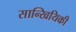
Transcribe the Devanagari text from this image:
सान्खियिकी